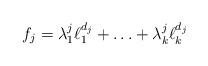
LaTeX: \begin{align*}f_{j} = \lambda_{1}^{j}\ell_{1}^{d_{j}} + \ldots + \lambda_{k}^{j}\ell_{k}^{d_{j}} \end{align*}